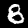
Label: 8